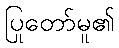
ပြုတော်မူ၏